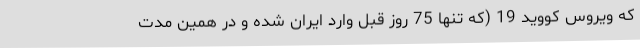
که ویروس کووید 19 (که تنها 75 روز قبل وارد ایران شده و در همین مدت